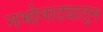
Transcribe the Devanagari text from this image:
नभोनाट्यातून